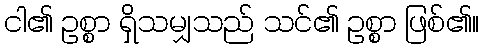
ငါ၏ ဥစ္စာ ရှိသမျှသည် သင်၏ ဥစ္စာ ဖြစ်၏။